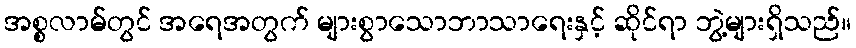
အစ္စလာမ်တွင် အရေအတွက် များစွာသောဘာသာရေးနှင့် ဆိုင်ရာ ဘွဲ့များရှိသည်။